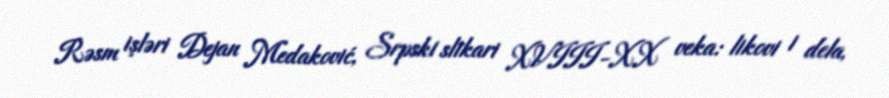
Rəsm işləri Dejan Medaković, Srpski slikari XVIII-XX veka: likovi i dela,